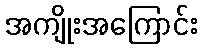
အကျိုးအကြောင်း